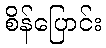
စိန်ပြောင်း